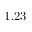
1 . 2 3